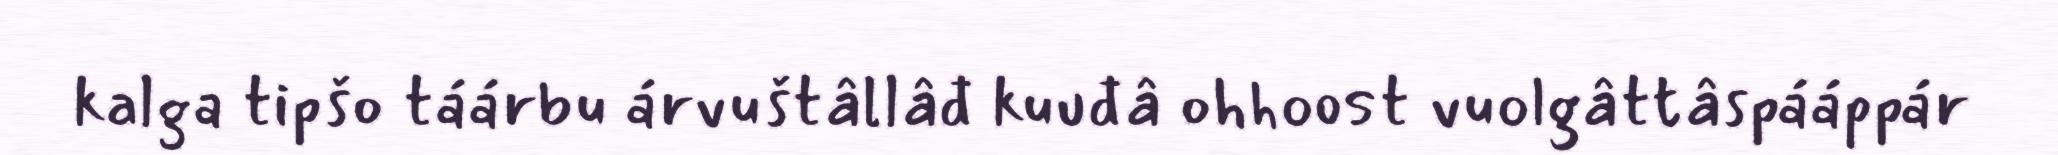
kalga tipšo táárbu árvuštâllâđ kuuđâ ohhoost vuolgâttâspááppár